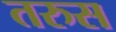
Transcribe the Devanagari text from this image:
तरुस